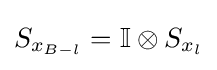
S_{x_{B-l}}=\mathbb {I} \otimes S_{x_{l}}